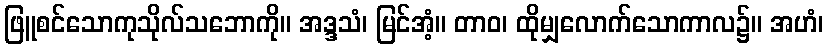
ဖြူစင်သောကုသိုလ်သဘောကို။ အဒ္ဒသံ၊ မြင်အံ့။ တာဝ၊ ထိုမျှလောက်သောကာလ၌။ အဟံ၊